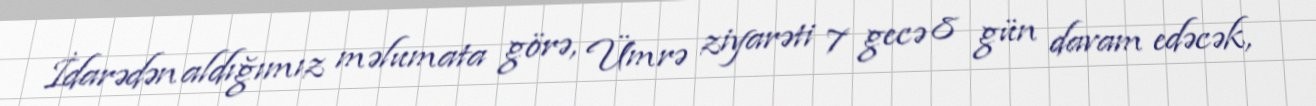
İdarədən aldığımız məlumata görə, Ümrə ziyarəti 7 gecə 8 gün davam edəcək,